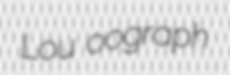
Lou oograph